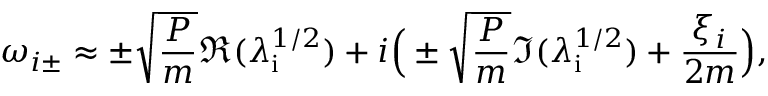
\omega _ { i \pm } \approx \pm \sqrt { \frac { P } { m } } \Re ( \lambda _ { \mathrm { i } } ^ { 1 / 2 } ) + i \Big ( \pm \sqrt { \frac { P } { m } } \Im ( \lambda _ { \mathrm { i } } ^ { 1 / 2 } ) + \frac { \xi _ { i } } { 2 m } \Big ) ,